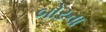
બોરના